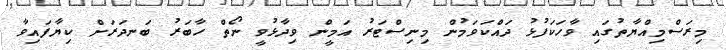
މިރަސްމިއްޔާތުގައި ވާހަކަފުޅު ދައްކަވަމުން މިނިސްޓަރު އަމީން ވިދާޅުވީ ނޯތް ހާބަރު ބަނދަރަށް ކިޔާފައިވާ